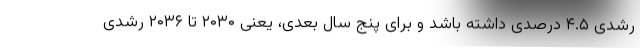
رشدی ۴.۵ درصدی داشته باشد و برای پنج سال بعدی، یعنی ۲۰۳۰ تا ۲۰۳۶ رشدی